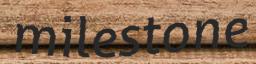
milestone